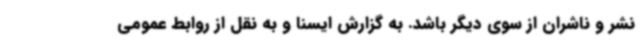
نشر و ناشران از سوی دیگر باشد. به گزارش ایسنا و به نقل از روابط عمومی